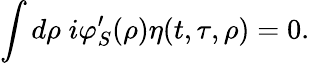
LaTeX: \int d\rho\; i\varphi_{S}^{\prime}(\rho)\eta(t,\tau,\rho)=0.